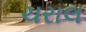
ચરાલ